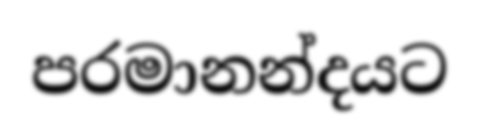
පරමානන්දයට